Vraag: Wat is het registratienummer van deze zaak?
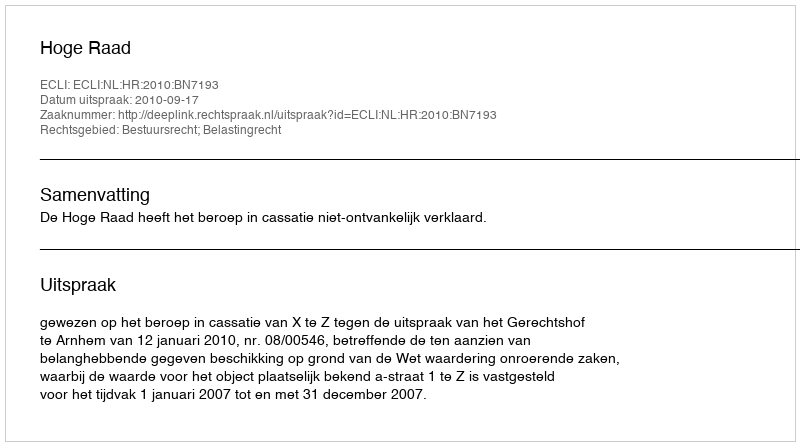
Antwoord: http://deeplink.rechtspraak.nl/uitspraak?id=ECLI:NL:HR:2010:BN7193